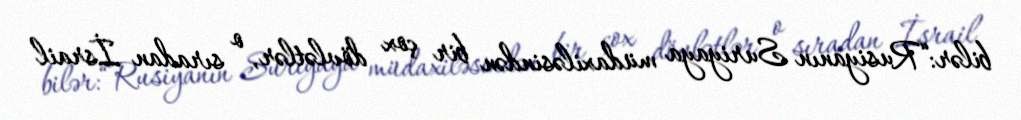
bilər:“Rusiyanın Suriyaya müdaxiləsindən bir çox dövlətlər, o sıradan İsrail